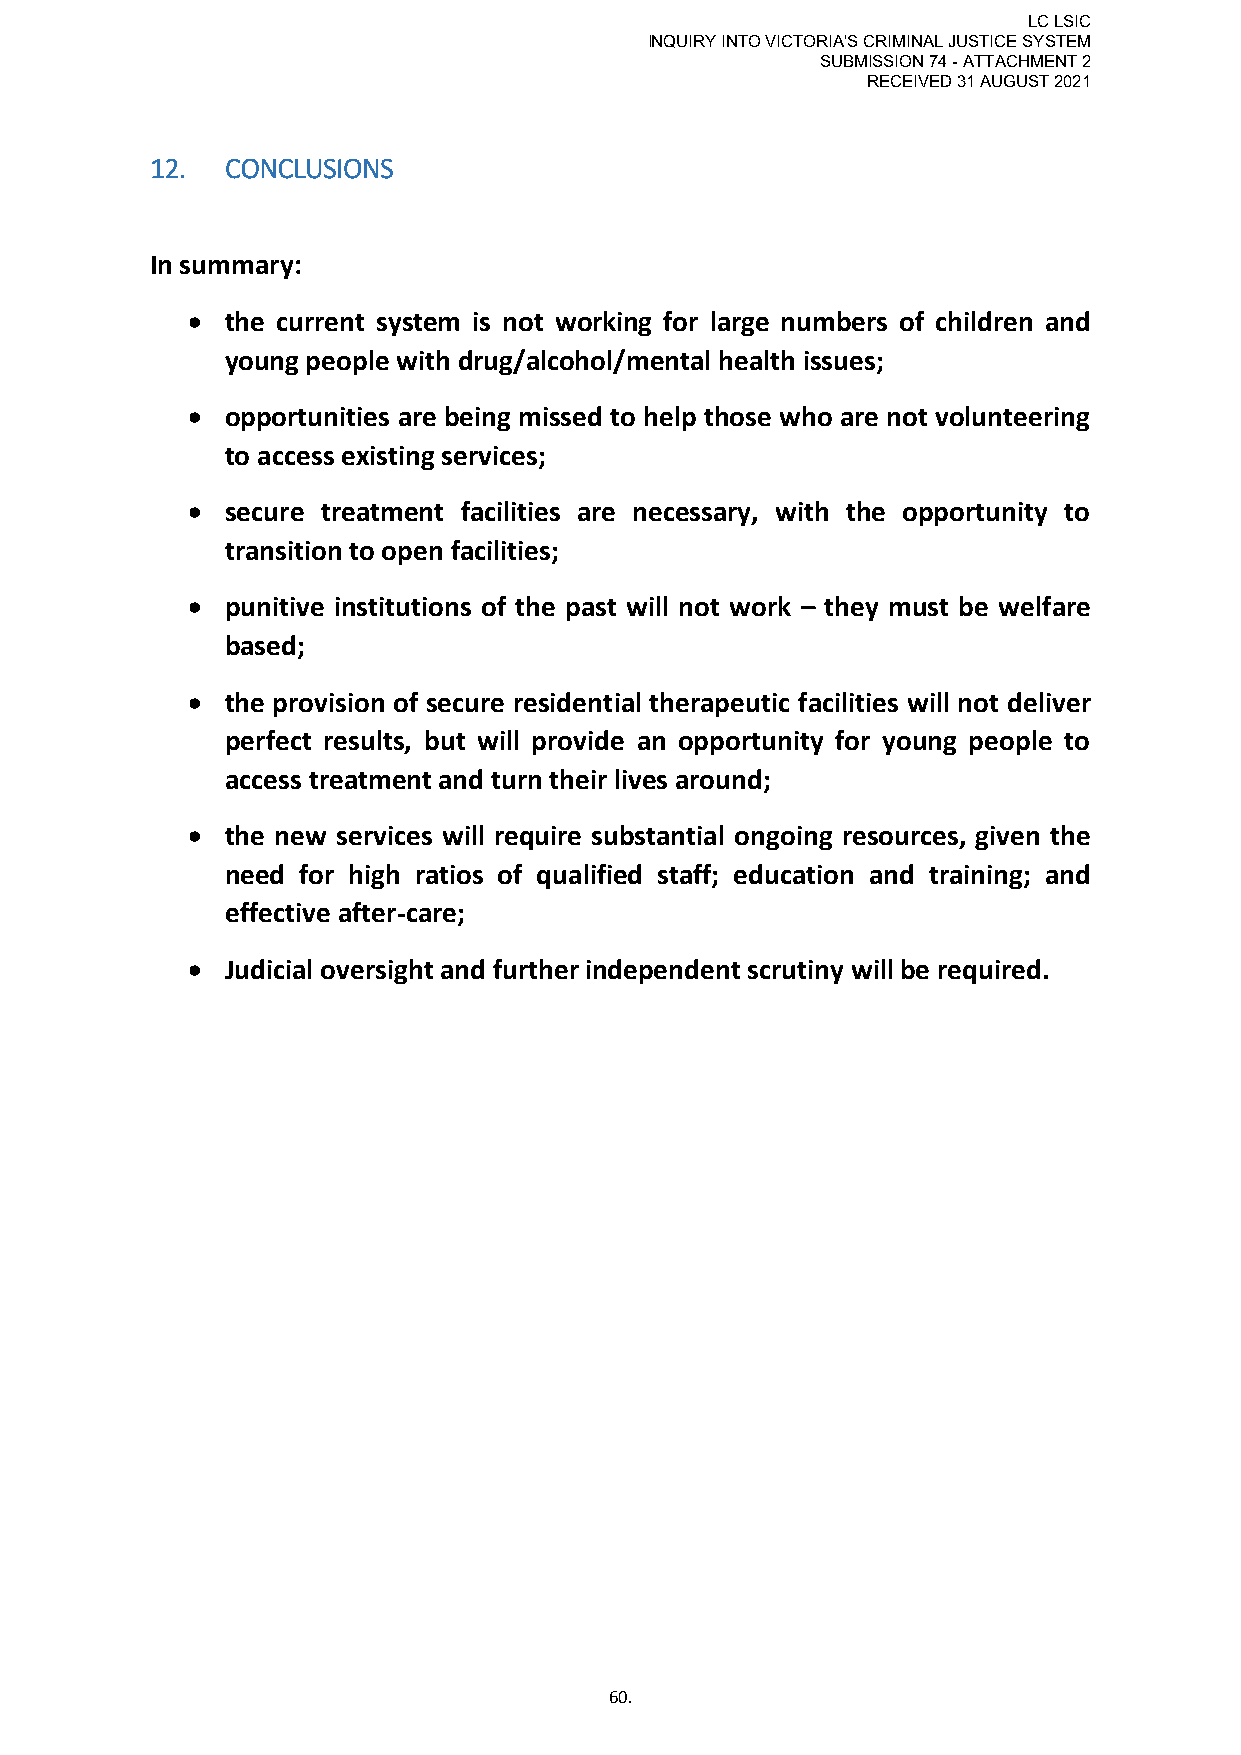
LC LSIC
 INQUIRY INTO VICTORIA'S CRIMINAL JUSTICE SYSTEM
 SUBMISSION 74 - ATTACHMENT 2
 RECEIVED 31 AUGUST 2021
 12.  CONCLUSIONS
 In summary:
   the current system is not working for large numbers of children and
 young people with drug/alcohol/mental health issues;
   opportunities are being missed to help those who are not volunteering
 to access existing services;
   secure treatment facilities are necessary, with the opportunity to
 transition to open facilities;
   punitive institutions of the past will not work – they must be welfare
 based;
   the provision of secure residential therapeutic facilities will not deliver
 perfect results, but will provide an opportunity for young people to
 access treatment and turn their lives around;
   the new services will require substantial ongoing resources, given the
 need for high ratios of qualified staff; education and training; and
 effective after-care;
   Judicial oversight and further independent scrutiny will be required.
 60.